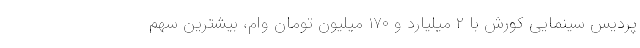
پردیس سینمایی کورش با ۲ میلیارد و ۱۷۰ میلیون تومان وام، بیشترین سهم